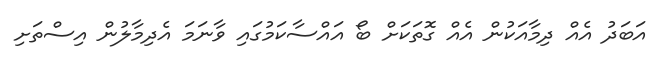
އަބަދު އެއް ދިމާއަކުން އެއް ގޮތަކަށް ބޯ އައްސާކަމުގައި ވާނަމަ އެދިމާލުން އިސްތަށި